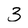
Character: 3